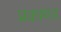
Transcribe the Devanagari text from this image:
प्रकाण्‍ड